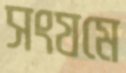
সংযমে